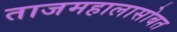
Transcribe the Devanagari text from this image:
ताजमहालासोबत